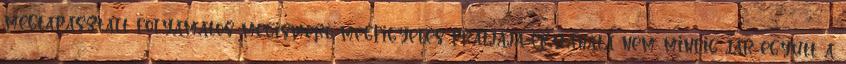
megtapasztalt folyamatos megismerő-megfigyelés pratjaja-ekatánatá nem mindig jár együtt a